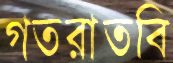
গতরাতবি